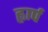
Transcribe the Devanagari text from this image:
ह्वार्प